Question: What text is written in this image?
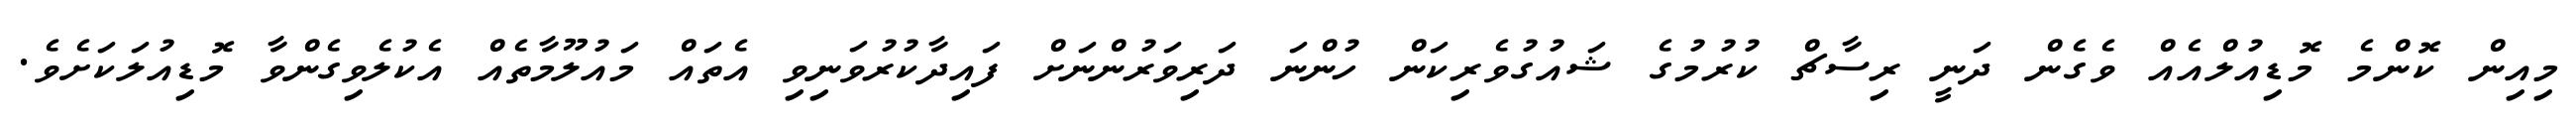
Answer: މިއިން ކޮންމެ މޮޑިއުލްއެއް ވެގެން ދަނީ ރިސާޗް ކުރުމުގެ ޝައުގުވެރިކަން ހުންނަ ދަރިވަރުންނަށް ފައިދާކުރުވަނިވި އެތައް މައުލޫމާތެއް އެކުލެވިގެންވާ މޮޑިއުލަކަށެވެ.